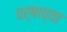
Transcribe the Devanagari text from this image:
वर्षाच्‍या